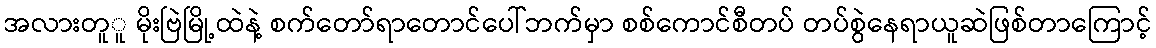
အလားတူူ မိုးဗြဲမြို့ထဲနဲ့ စက်တော်ရာတောင်ပေါ်ဘက်မှာ စစ်ကောင်စီတပ် တပ်စွဲနေရာယူဆဲဖြစ်တာကြောင့်